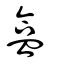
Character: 盒